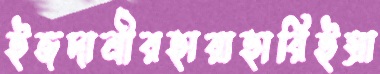
ইজদানীরহারাহারিইস্রা